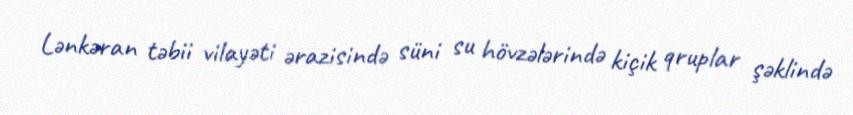
Lənkəran təbii vilayəti ərazisində süni su hövzələrində kiçik qruplar şəklində